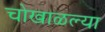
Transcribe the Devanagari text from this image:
चोखाळल्या